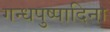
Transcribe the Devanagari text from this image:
गन्धपुष्पादिना